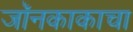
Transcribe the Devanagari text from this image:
जॉनकाकाचा